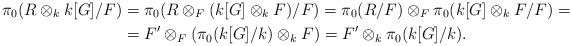
\begin{align*}\pi_0(R\otimes_k k[G]/F) & =\pi_0(R\otimes_F (k[G]\otimes_k F)/F)=\pi_0(R/F)\otimes_F \pi_0(k[G]\otimes_k F/F)= \\ & = F'\otimes_F(\pi_0(k[G]/k)\otimes_k F)=F'\otimes_k\pi_0(k[G]/k).\end{align*}